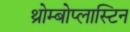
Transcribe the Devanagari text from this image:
थ्रोम्बोप्लास्टिन